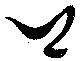
卿